Piroplasma canis and its life cycle in the tick - Number 29
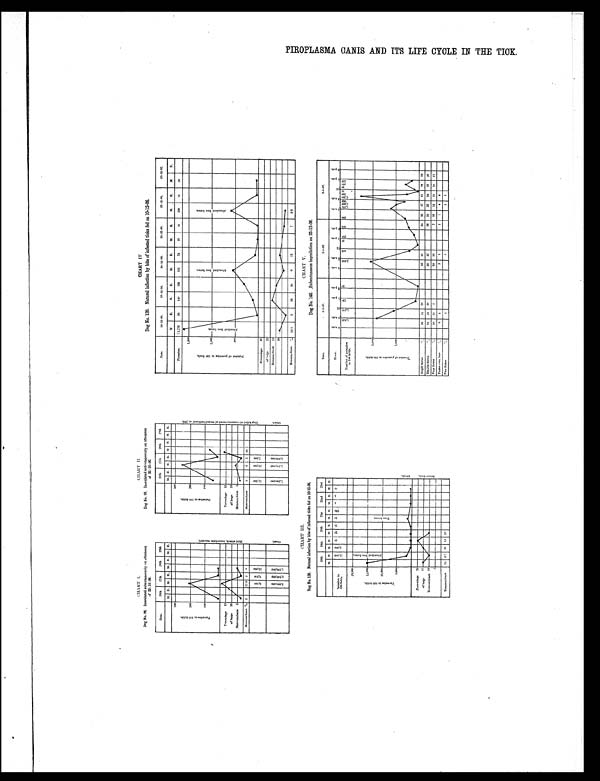
CPIROPLASMA CANIS AND ITS LIFE CYCLE IN THE TICK.
HART IV
CHART II
CHART I